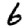
Digit: 6